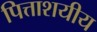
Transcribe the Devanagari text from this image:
पित्ताशयीय